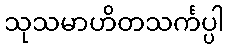
သုသမာဟိတသင်္ကပ္ပါ